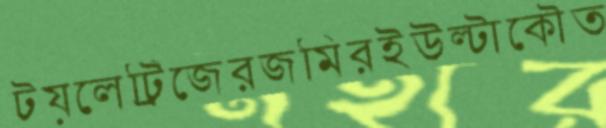
টয়লেট্রিজেরজমিরইউল্টাকৌত